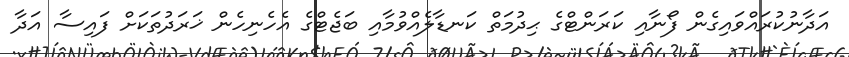
އަދާނުކުރައްވައިގެން ފޯނާއި ކަރަންޓްގެ ޙިދުމަތް ކަނޑާލެއްވުމާއި ބަޖެޓްގެ އެހެނިހެން ޚަރަދުތަކަށް ފައިސާ އަދާ